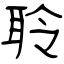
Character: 聆